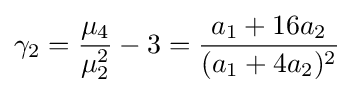
\gamma _{2}={\frac {\mu _{4}}{\mu _{2}^{2}}}-3={\frac {a_{1}+16a_{2}}{(a_{1}+4a_{2})^{2}}}